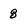
Character: 8